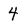
Character: 4